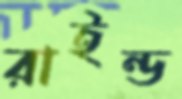
রাইন্ড